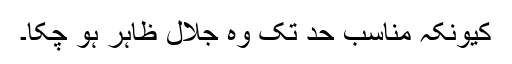
کیونکہ مناسب حد تک وہ جلال ظاہر ہو چکا۔